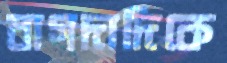
বাগদাদিকে